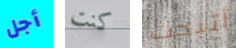
أجل كنت أتيحت